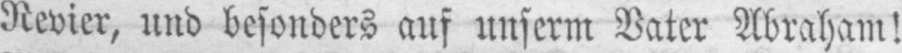
Revier, und besonders auf unserm Vater Abraham!